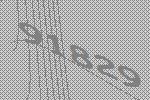
91829